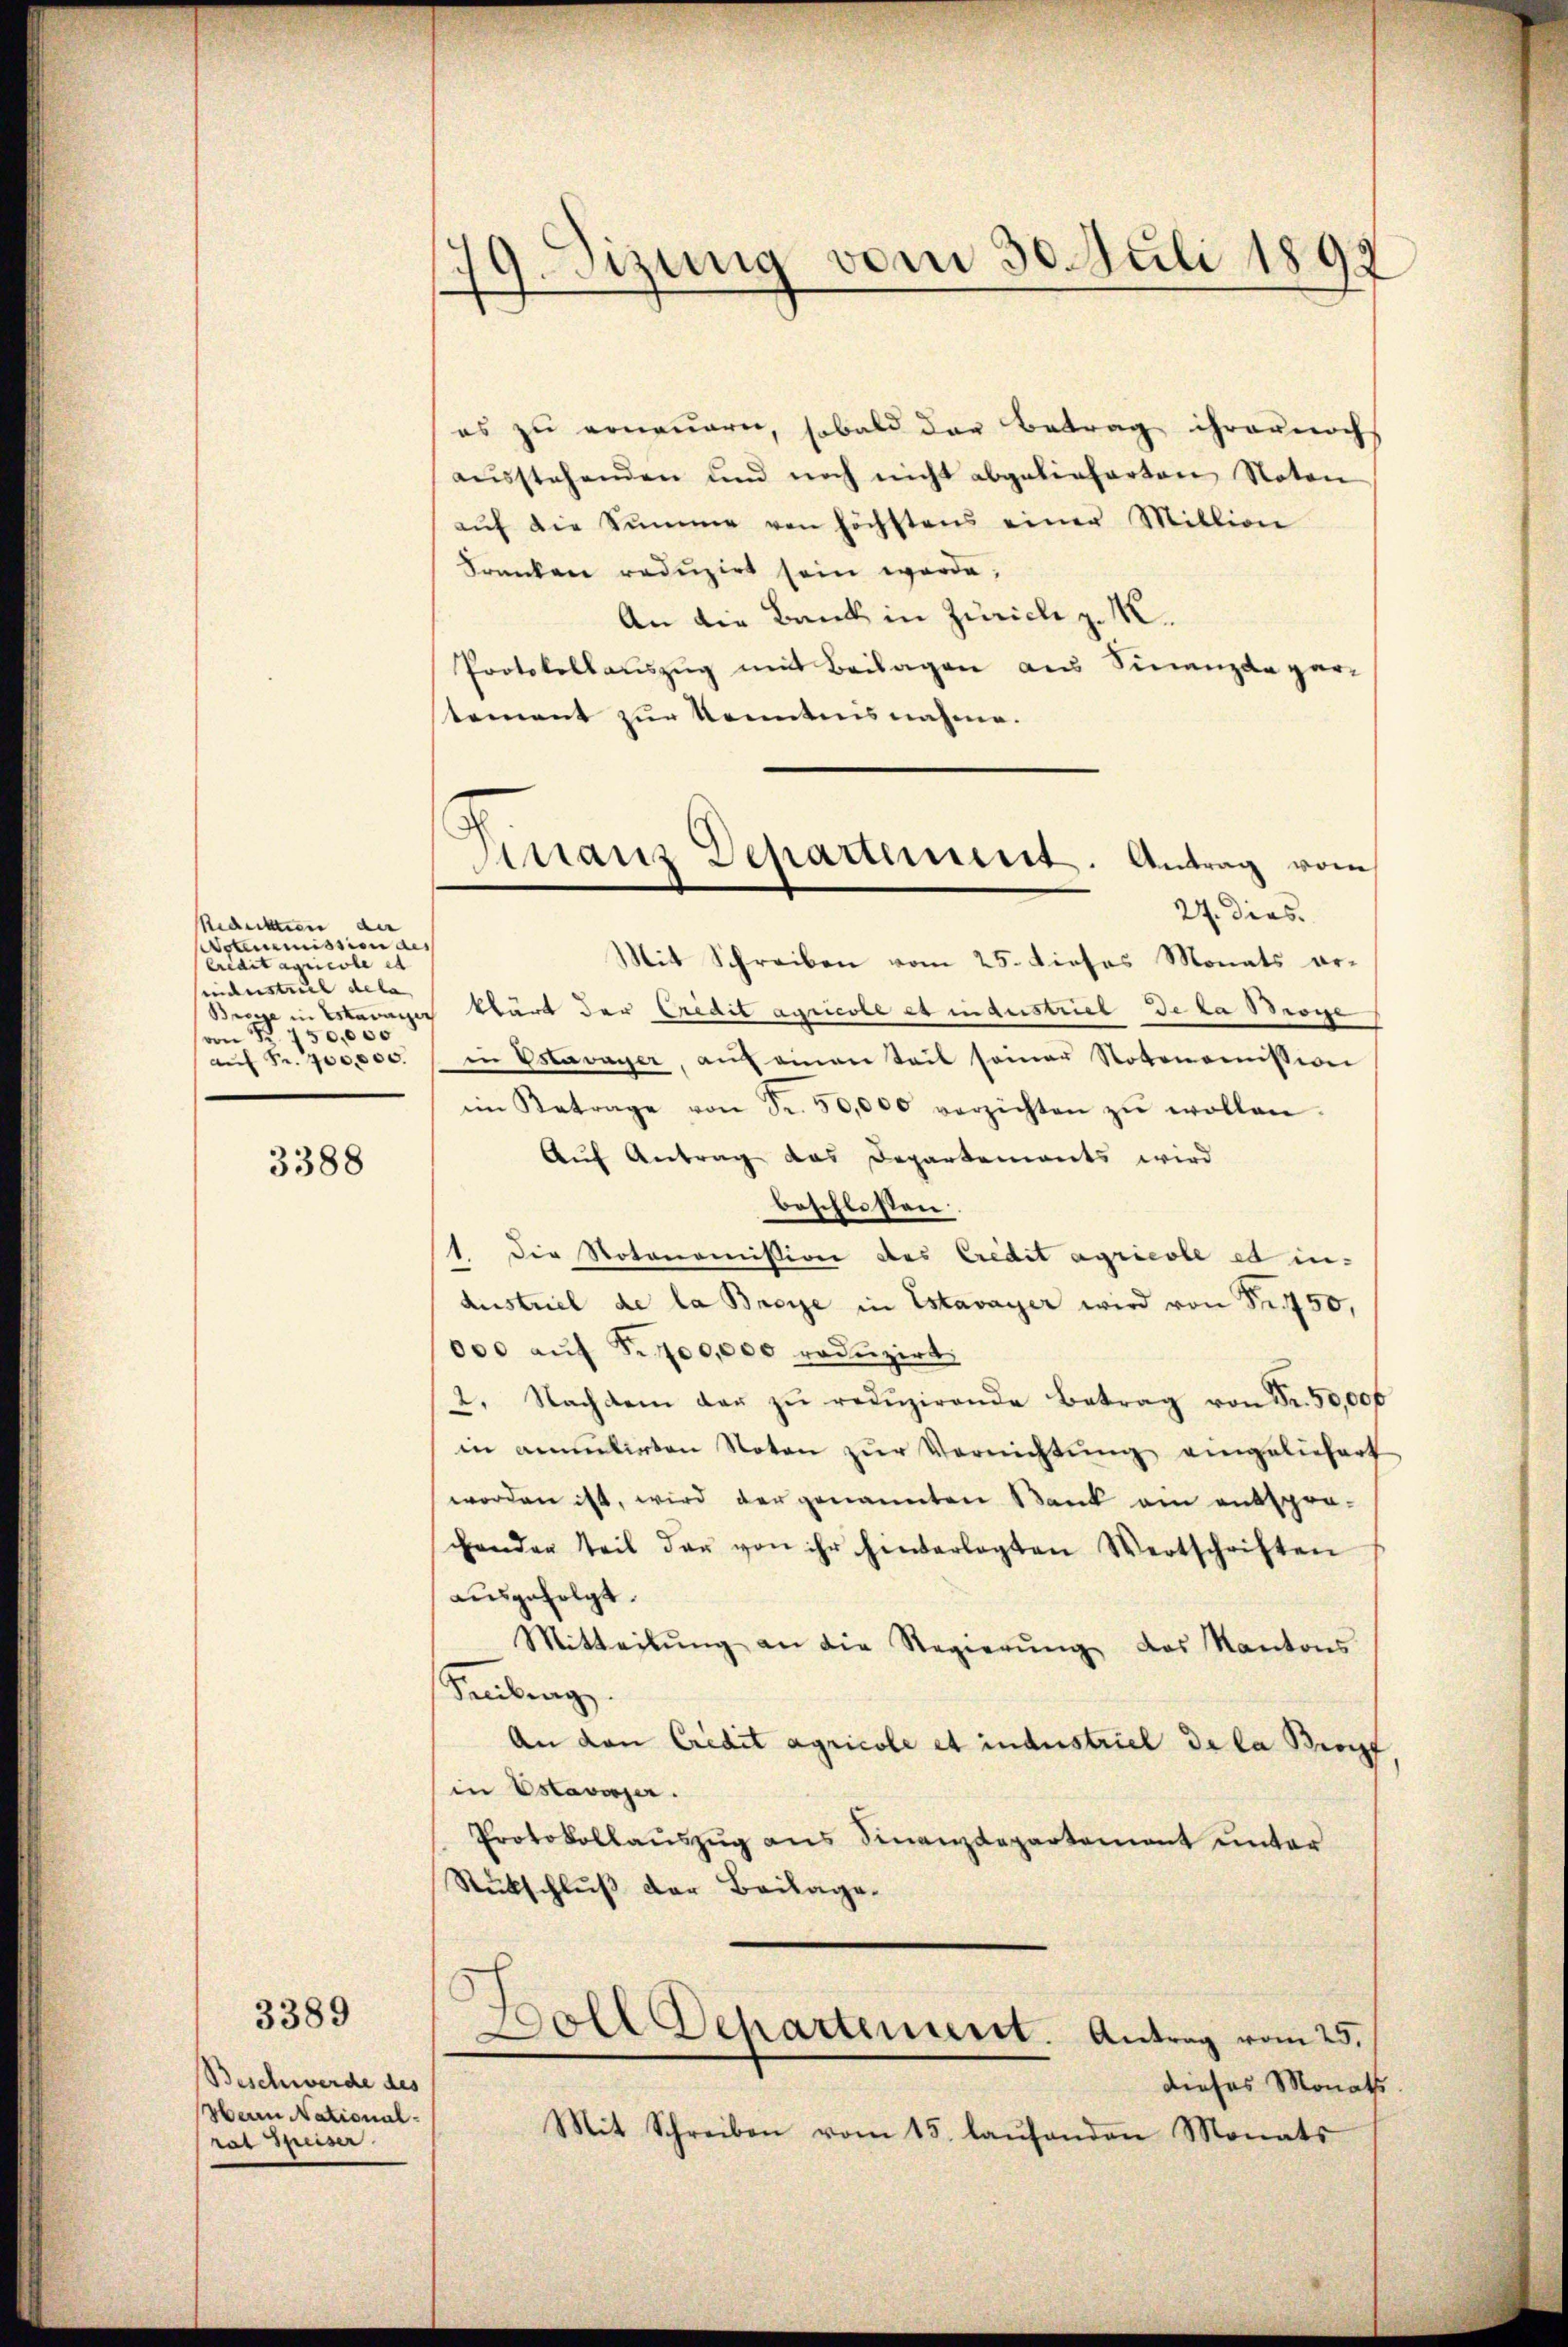
Redeckten der
otemmission des
Predit agricole et
sindustrie dela
1 Estavayer
von 150,000
auf Fr. 700,000.

3388

3389

Beschwerde des
Hain National-
rat Spuser

9. Setzung vom 30. Juli 1897

Finanz Departement. Antrag vom
27. dies.

es zu erneuern, sobald das Betrag ihrernoch
aŭsstehenden und noch nicht abgelieferten Noton
aŭf die Summe von höchstens einer Million
Franken redŭzirt sein werde;
An die Bank in Zürich z. M.
Protokollauszug mit Beilagen aus Finanzdepartement zur Kenntnisnahme.
Mit Schreiben vom 25. dieses Monats arklärt der Credit agricoll et in Austriel de la soge
in Estavayer, aŭf einen Seit seiner Notonomission
im Betrage von Fr. 50,000 verzichten zŭ wollen.
Auf Antrag das Departements wird
beschlossen:
1. Die Notonomission des Credit agricole es in-
Austriel de la Broye in Estavayer wird von Sr. 50,
000 aŭf Pr 100,000 reduzirt.
2. Nachdem dar zŭ redŭzirende Betrag von Fr. 50,000
in anmŭlirten Noten zŭr Vernichtŭng eingeliefert
worden ist, wird der genannten Bank am entspro-
genden Teil der von ihr hinterlegten Wertschriften
ausgefolgt.
Mitteilŭng an die Regierŭng des Kantons
Senberg.
An den Credit agricole et industriel de la Bropf
in Estavayer.
Protokollauszug aus Finanzdepartement unter
Rückschluß der Beilage-
Boll Departement. Antrag vom 25.
dieses Monaths
Mit Schreiben vom 15. laŭfenden Monats